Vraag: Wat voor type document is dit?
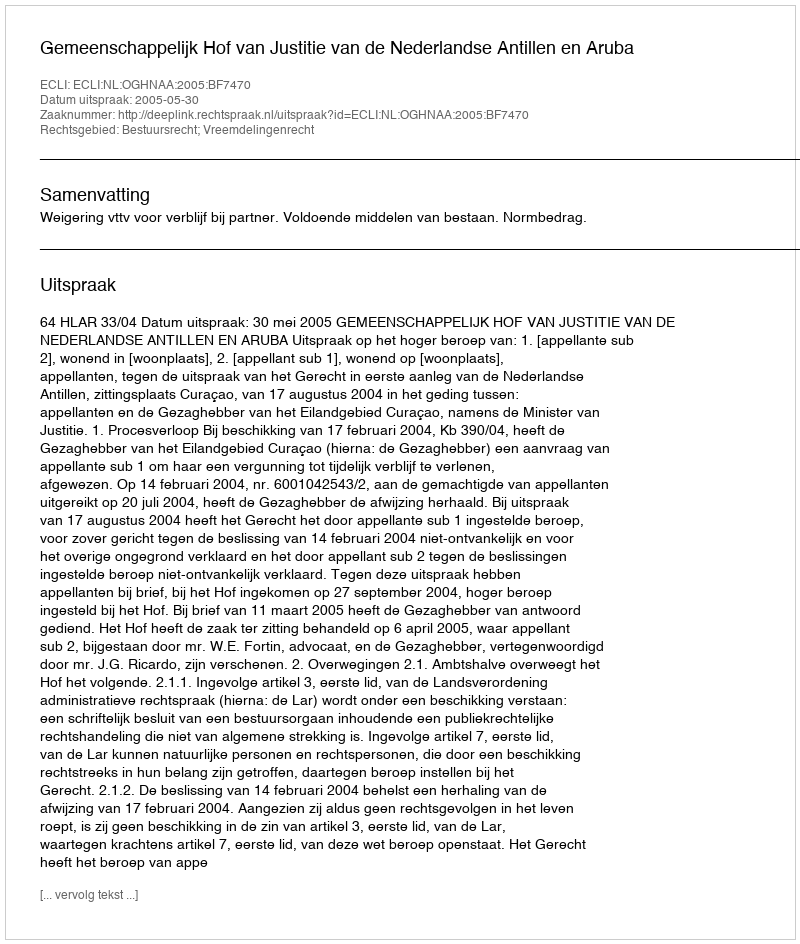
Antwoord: Uitspraak